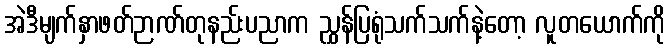
အဲဒီမျက်နှာဖတ်ဉာဏ်တုနည်းပညာက ညွှန်ပြရုံသက်သက်နဲ့တော့ လူတယောက်ကို